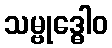
သမ္ဗုဒ္ဓေါဝ